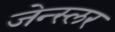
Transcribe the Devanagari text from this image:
जेन्स्लर